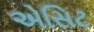
એસિટ